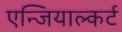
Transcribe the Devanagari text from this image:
एन्जियाल्कर्ट